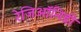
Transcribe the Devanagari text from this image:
रेजिऑनिडी